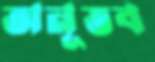
অনূভব